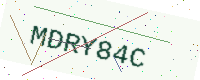
Text: MDRY84C